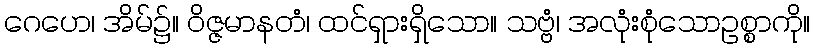
ဂေဟေ၊ အိမ်၌။ ဝိဇ္ဇမာနတံ၊ ထင်ရှားရှိသော။ သဗ္ဗံ၊ အလုံးစုံသောဥစ္စာကို။